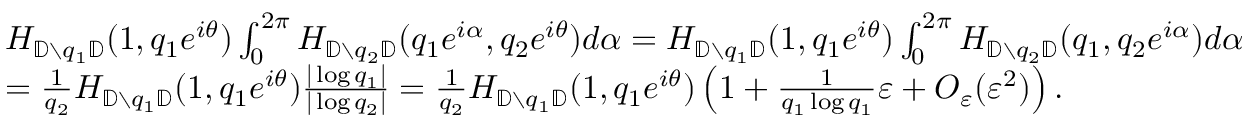
\begin{array} { r l } & { H _ { { \mathbb { D } } \setminus q _ { 1 } { \mathbb { D } } } ( 1 , q _ { 1 } e ^ { i \theta } ) \int _ { 0 } ^ { 2 \pi } H _ { { \mathbb { D } } \setminus q _ { 2 } { \mathbb { D } } } ( q _ { 1 } e ^ { i \alpha } , q _ { 2 } e ^ { i \theta } ) d \alpha = H _ { { \mathbb { D } } \setminus q _ { 1 } { \mathbb { D } } } ( 1 , q _ { 1 } e ^ { i \theta } ) \int _ { 0 } ^ { 2 \pi } H _ { { \mathbb { D } } \setminus q _ { 2 } { \mathbb { D } } } ( q _ { 1 } , q _ { 2 } e ^ { i \alpha } ) d \alpha } \\ & { = \frac { 1 } { q _ { 2 } } H _ { { \mathbb { D } } \setminus q _ { 1 } { \mathbb { D } } } ( 1 , q _ { 1 } e ^ { i \theta } ) \frac { | \log q _ { 1 } | } { | \log q _ { 2 } | } = \frac { 1 } { q _ { 2 } } H _ { { \mathbb { D } } \setminus q _ { 1 } { \mathbb { D } } } ( 1 , q _ { 1 } e ^ { i \theta } ) \left( 1 + \frac { 1 } { q _ { 1 } \log q _ { 1 } } \varepsilon + O _ { \varepsilon } ( \varepsilon ^ { 2 } ) \right) . } \end{array}